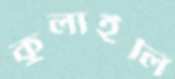
কুলাইলি